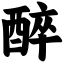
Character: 醉